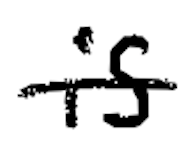
Text: is
Cross-out: single-line
Writing tool: digital_black